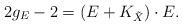
LaTeX: \begin{align*}2g_{E}-2=(E+K_{\tilde{X}})\cdot E.\end{align*}